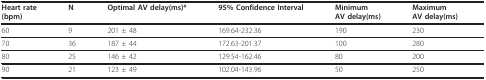
<table><thead><tr><td><b>Heart rate(bpm)</b></td><td><b>N</b></td><td><b>Optimal AV delay(ms)*</b></td><td><b>95% Confidence Interval</b></td><td><b>MinimumAV delay(ms)</b></td><td><b>MaximumAV delay(ms)</b></td></tr></thead><tbody><tr><td>60</td><td>9</td><td>201 ± 48</td><td>169.64-232.36</td><td>190</td><td>230</td></tr><tr><td>70</td><td>36</td><td>187 ± 44</td><td>172.63-201.37</td><td>100</td><td>280</td></tr><tr><td>80</td><td>25</td><td>146 ± 42</td><td>129.54-162.46</td><td>80</td><td>200</td></tr><tr><td>90</td><td>21</td><td>123 ± 49</td><td>102.04-143.96</td><td>50</td><td>250</td></tr></tbody></table>